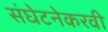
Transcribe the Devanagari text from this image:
संघेटनेकरवी